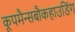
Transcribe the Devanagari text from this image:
कूपमैन्सबौकहाउडिंग